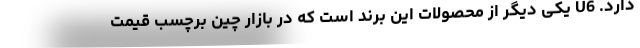
دارد. U6 یکی دیگر از محصولات این برند است که در بازار چین برچسب قیمت